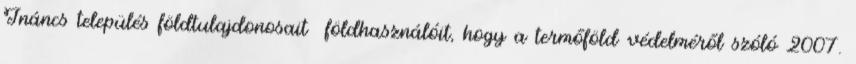
Ináncs település földtulajdonosait földhasználóit, hogy a termőföld védelméről szóló 2007.